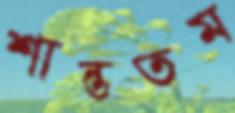
শান্ততম